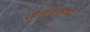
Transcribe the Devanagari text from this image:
शालवृक्षों